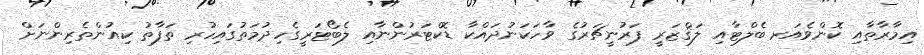
އިމާރާތާއި ކޮންވެއަރ ބެލްޓާއި ލަޤްޒަރީ ފަރުނީޗަރުގެ ވާހަކަނުދައްކާ ޑޮކްޓަރުންނާއި ލެބޯޓަރީގެހިދުމަތުގައިހުރި ތަފާތު ކިއުންތެރިންނަށް